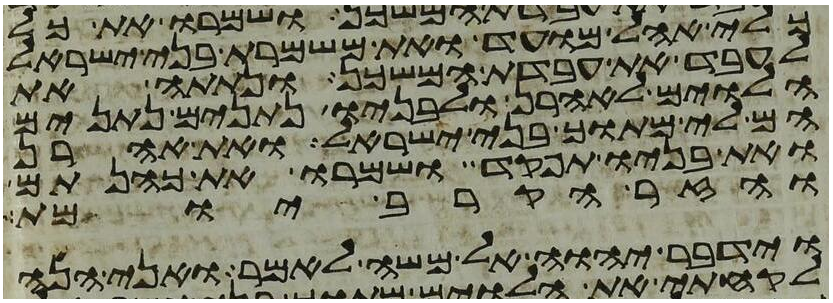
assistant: כלי אהל מועד ואת משמרת בני ישראל
לעבד את עבדת המשכן ונתתה את
הלוים לאהרן ולבניו נתנים נתנים
הם לי מתוך בני ישראל ואת אהרן
ואת בניו תפקד ושמרו את כהנתם
וידבר יהוה אל משה לאמר ואני הנה